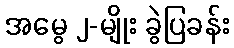
အမွေ ၂-မျိုး ခွဲပြခန်း